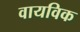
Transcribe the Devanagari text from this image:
वायविक